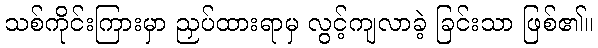
သစ်ကိုင်းကြားမှာ ညှပ်ထားရာမှ လွင့်ကျလာခဲ့ ခြင်းသာ ဖြစ်၏။